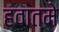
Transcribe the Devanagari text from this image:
हवात्मे